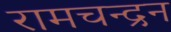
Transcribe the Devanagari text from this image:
रामचन्‍द्रन